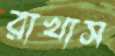
রাখাস